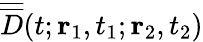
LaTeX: \overline{{\overline{{D}}}}(t;{\mathbf r}_{1},t_{1};{\mathbf r}_{2},t_{2})